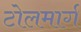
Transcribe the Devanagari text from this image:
टोलमार्ग